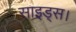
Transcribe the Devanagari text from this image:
साइड्स।